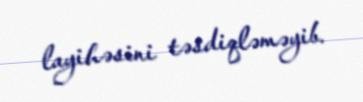
layihəsini təsdiqləməyib.